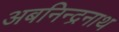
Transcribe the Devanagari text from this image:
अबनिन्द्रनाथ